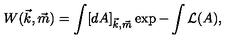
W ( \vec { k } , \vec { m } ) = \int [ d A ] _ { \vec { k } , \vec { m } } \exp - \int { \cal L } ( A ) ,